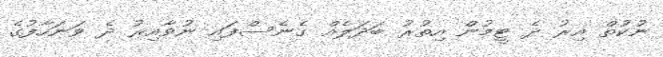
ނުކުތް އިރު ދެ ޓީމުން އިތުރު ބަދަލެއް ގެނެސްފައި ނުވާއިރު ދެ ވަނަހާފުގެ